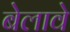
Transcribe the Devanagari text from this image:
बेलावे